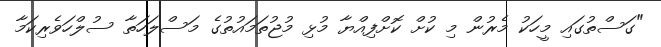
"ގަސްތުގައި މީހަކު މެރުން މި ކުށް ކޮށްފިއްޔާ މުޅި މުޖުތަމައުތުގެ މަސްލަހަތާ ސުލްހަވެރިކަމާ